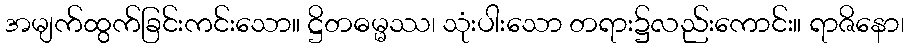
အမျက်ထွက်ခြင်းကင်းသော။ ဋ္ဌိတဓမ္မဿ၊ သုံးပါးသော တရား၌လည်းကောင်း။ ရာဇိနော၊